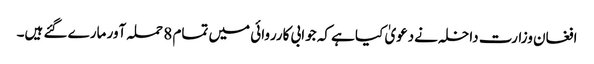
افغان وزارت داخلہ نےدعویٰ کیا ہے کہ جوابی کارروائی میں تمام 8 حملہ آور مارے گئے ہیں۔